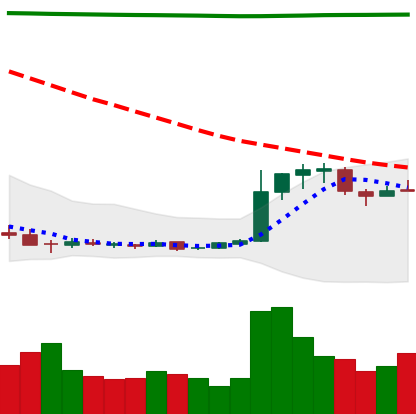
Ticker: DOGE-USD
Chart end date: 2018-12-24
Forward return: -5.394%
Label: down_5_7